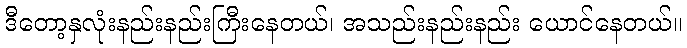
ဒီတော့နှလုံးနည်းနည်းကြီးနေတယ်၊ အသည်းနည်းနည်း ယောင်နေတယ်။